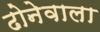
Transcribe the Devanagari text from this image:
ढोनेवाला